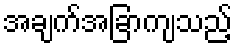
အချက်အခြာကျသည့်